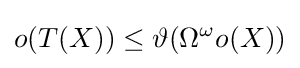
o(T(X))\leq \vartheta (\Omega ^{\omega }o(X))